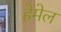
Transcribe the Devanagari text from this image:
हेमेल